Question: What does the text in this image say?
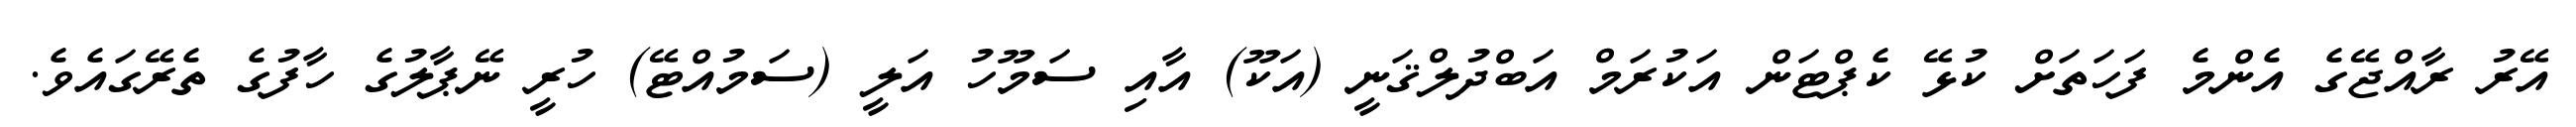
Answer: އޭރު ރާއްޖޭގެ އެންމެ ފަހަތަށް ކުޅޭ ކެޕްޓަން އަކުރަމް އަބްދުލްޤަނީ (އަކޫ) އާއި ސަމޫހު އަލީ (ސަމުއްޓޭ) ހުރީ ނޭޕާލުގެ ހާފުގެ ތެރޭގައެވެ.